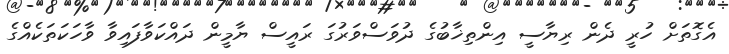
އެގޮތަށް ހުރީ ދެން ރިޔާސީ އިންތިޚާބުގެ ދުވަސްވަރުގަ ރައީސް ޔާމީން ދައްކަވާފައިވާ ވާހަކަތަކެއްގެ